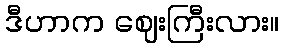
ဒီဟာက ဈေးကြီးလား။